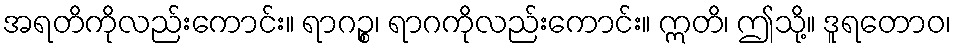
အရတိကိုလည်းကောင်း။ ရာဂဉ္စ၊ ရာဂကိုလည်းကောင်း။ ဣတိ၊ ဤသို့။ ဒူရတောဝ၊